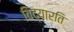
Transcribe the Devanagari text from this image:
विद्यारति